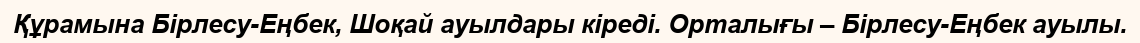
Құрамына Бірлесу-Еңбек, Шоқай ауылдары кіреді. Орталығы – Бірлесу-Еңбек ауылы.